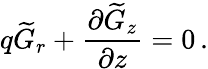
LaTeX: q\widetilde{G}_{r}+\frac{\partial\widetilde{G}_{z}}{\partial z}=0\, .